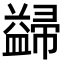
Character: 𭘺